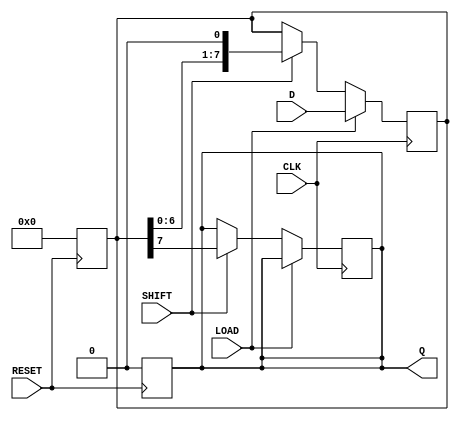
module PISO_Register #(
    parameter WIDTH = 8  // Define the width of the register
)(
    input wire [WIDTH-1:0] D,     // Parallel data input
    input wire LOAD,               // Load signal
    input wire SHIFT,              // Shift signal
    input wire CLK,                // Clock signal
    input wire RESET,              // Reset signal
    output reg Q                  // Serial output
);

    reg [WIDTH-1:0] SR;            // Shift register

    // Asynchronous reset
    always @(posedge RESET) begin
        SR <= {WIDTH{1'b0}};       // Reset shift register to 0
        Q <= 1'b0;                 // Reset serial output to 0
    end

    // Main operation block
    always @(posedge CLK) begin
        if (LOAD) begin
            SR <= D;               // Load parallel data into shift register
        end else if (SHIFT) begin
            Q <= SR[WIDTH-1];      // Shift out the MSB to serial output
            SR <= {SR[WIDTH-2:0], 1'b0}; // Shift left, filling with 0
        end
    end

endmodule